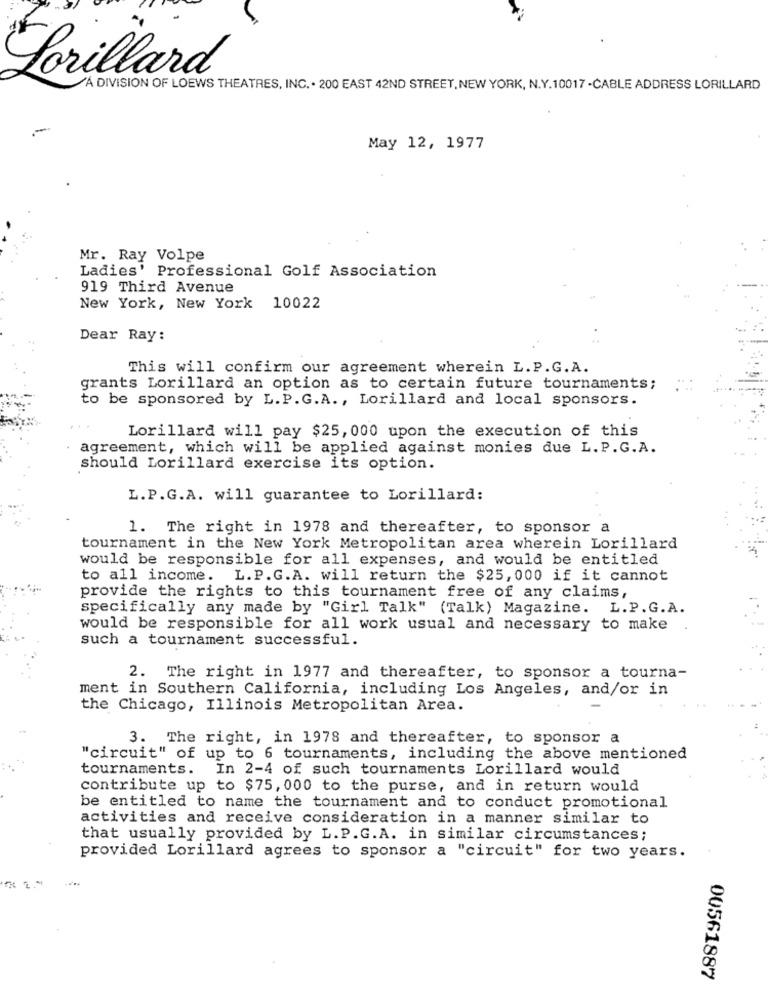
Lorillard
A DIVISION OF LOEWS THEATRES, INC. . 200 EAST 42ND STREET, NEW YORK, N.Y.10017 -CABLE ADDRESS LORILLARD
May 12, 1977
Mr. Ray Volpe
Ladies' Professional Golf Association
919 Third Avenue
New York, New York 10022
Dear Ray:
This will confirm our agreement wherein L. P. G. A.
grants Lorillard an option as to certain future tournaments;
to be sponsored by L. P. G.A ., Lorillard and local sponsors.
Lorillard will pay $25, 000 upon the execution of this
agreement, which will be applied against monies due L. P.G.A.
should Lorillard exercise its option.
L.P.G.A. will guarantee to Lorillard:
1. The right in 1978 and thereafter, to sponsor a
tournament in the New York Metropolitan area wherein Lorillard
would be responsible for all expenses, and would be entitled
to all income. L.P.G.A. will return the $25, 000 if it cannot
provide the rights to this tournament free of any claims,
specifically any made by "Girl Talk" (Talk) Magazine. L.P.G.A.
would be responsible for all work usual and necessary to make
such a tournament successful.
2. The right in 1977 and thereafter, to sponsor a tourna-
ment in Southern California, including Los Angeles, and/or in
the Chicago, Illinois Metropolitan Area.
3. The right, in 1978 and thereafter, to sponsor a
"circuit" of up to 6 tournaments, including the above mentioned
tournaments. In 2-4 of such tournaments Lorillard would
contribute up to $75, 000 to the purse, and in return would
be entitled to name the tournament and to conduct promotional
activities and receive consideration in a manner similar to
that usually provided by L.P.G.A. in similar circumstances;
provided Lorillard agrees to sponsor a "circuit" for two years.
00561887